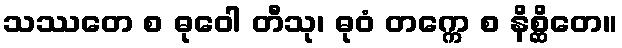
သဿတေ စ ဓုဝေါ တီသု၊ ဓုဝံ တက္ကေ စ နိစ္ဆိတေ။